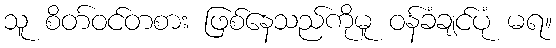
သူ စိတ်ဝင်တစား ဖြစ်နေသည်ကိုမူ ဝန်ခံချင်ပုံ မရ။